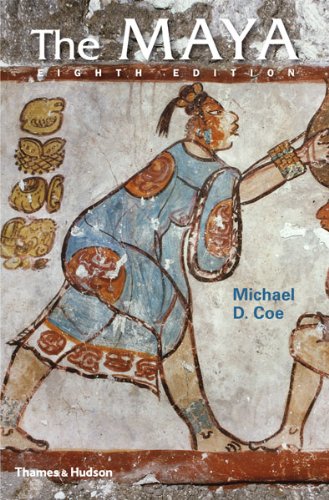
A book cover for The Maya (Eighth Edition)  (Ancient Peoples and Places); Michael D. Coe; History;